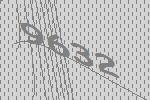
9632